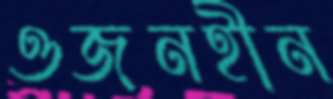
ওজনহীন